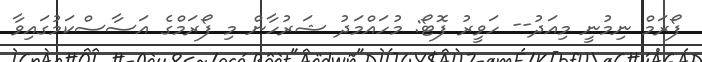
ފޯރަމް ނިމުނީ މިއަދު-- ހަވީރު ފޮޓޯ: މުހައްމަދު ޝަރުހާން މި ފޯރަމްގެ އަސާސްކަމުގައިވާ